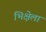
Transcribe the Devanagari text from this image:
भिक्षेला